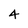
Character: 4